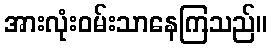
အားလုံးဝမ်းသာနေကြသည်။